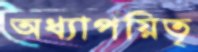
অধ্যাপয়িতৃ